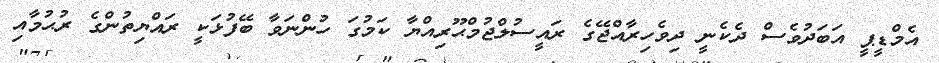
އެމްޑީޕީ އަބަދުވެސް ދެކެނީ ދިވެހިރާއްޖޭގެ ރައީސުލްޖުމްޙޫރިއްޔާ ކަމުގަ ހުންނަވާ ބޭފުޅަކީ ރައްޔިތުންގެ ރުޙުމާއި